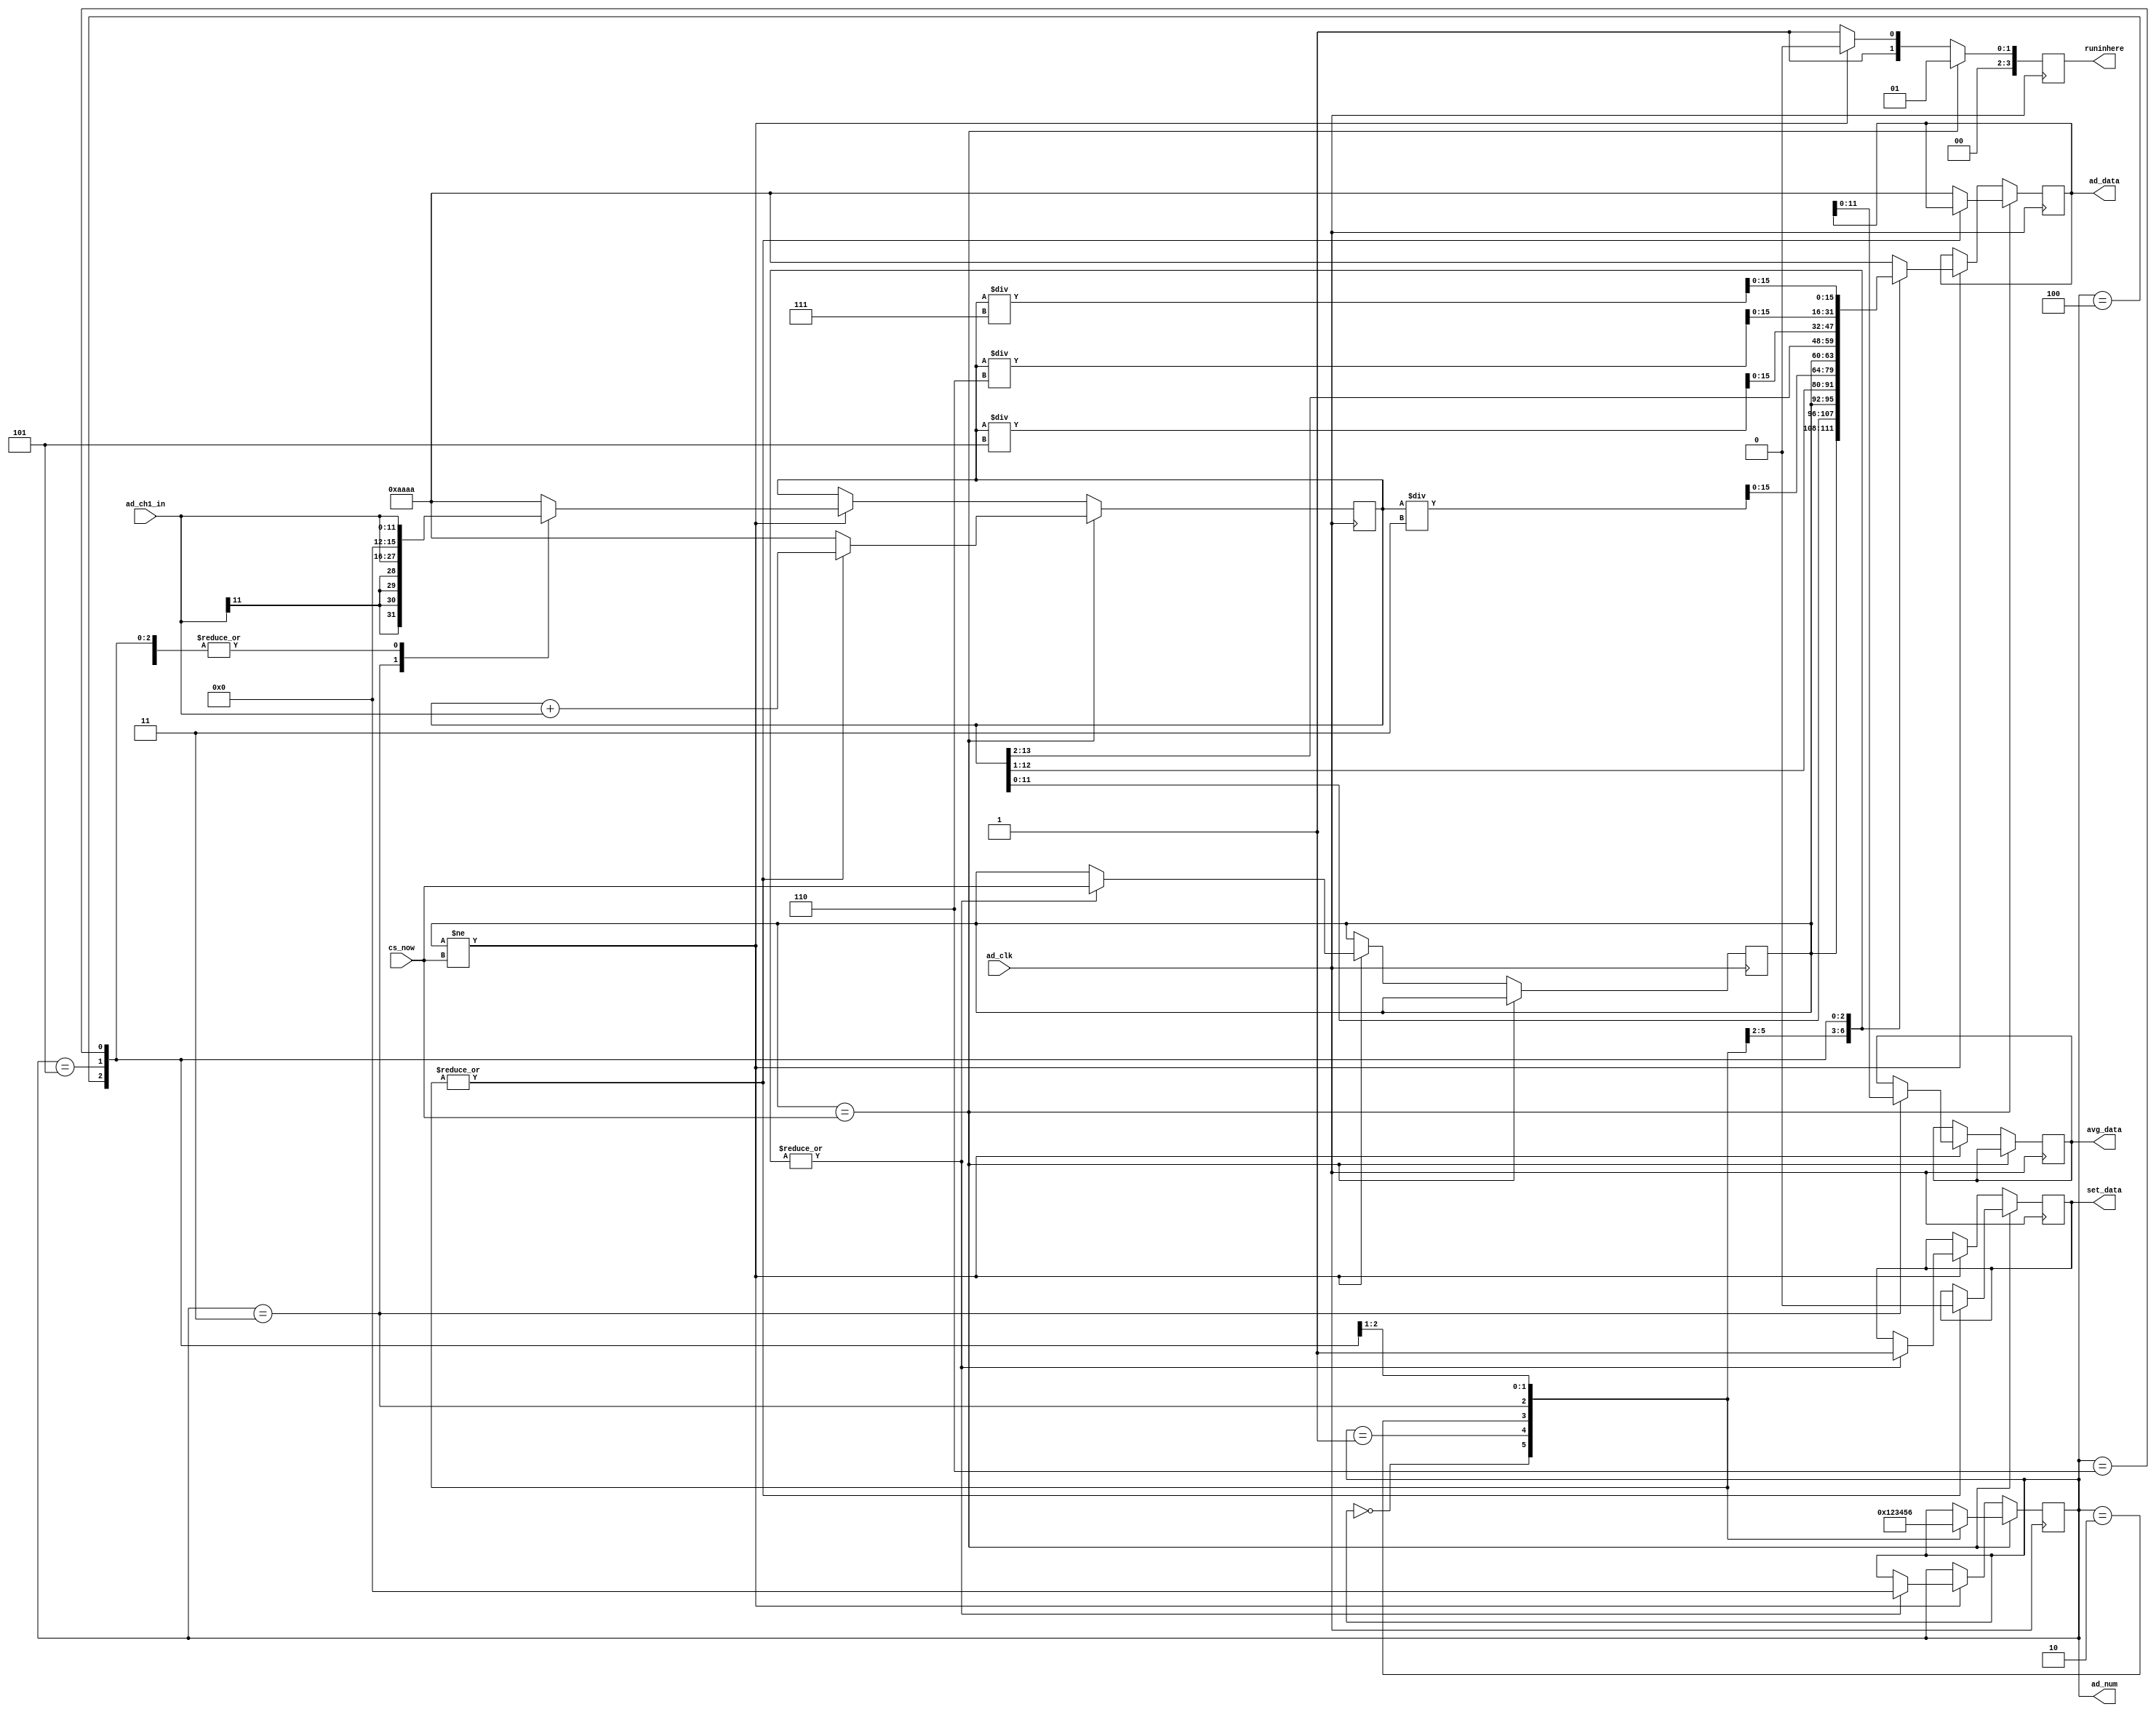
module ad_avg(
          input ad_clk,
			 input signed [11:0] ad_ch1_in,
			 input [3:0] cs_now,
 			 
			 output reg set_data,
			 
			 output reg [15:0] ad_data,
			 output reg [3:0] runinhere,//debug
			 output reg [3:0] ad_num,//单周期内ad采样次数
			 output reg [11:0] avg_data
    );
	 
	 //reg [11:0] ad_ch1;
	 reg signed[15:0] sum;
	 reg [3:0] cs_bef;
	 
	initial
		begin
			sum <= 0;
			cs_bef <= 4'd2;
			set_data <= 0;
			ad_num <= 4'b0;
		end
	 
	always@(posedge ad_clk)	//处理ch2时在同一块内重写
	begin
	/* 数据位是反的  这里为了一步到位 我直接改引脚定义了
		ad_ch1[11] <= ad_ch1_in[0];  
		ad_ch1[10] <= ad_ch1_in[1];  
		ad_ch1[9] <= ad_ch1_in[2];  
		ad_ch1[8] <= ad_ch1_in[3];  
		ad_ch1[7] <= ad_ch1_in[4];  
		ad_ch1[6] <= ad_ch1_in[5];  
		ad_ch1[5] <= ad_ch1_in[6];  
		ad_ch1[4] <= ad_ch1_in[7];  
		ad_ch1[3] <= ad_ch1_in[8];  
		ad_ch1[2] <= ad_ch1_in[9]; 
		ad_ch1[1] <= ad_ch1_in[10];
		ad_ch1[0] <= ad_ch1_in[11];
		*/
		runinhere = 4'd3;
		if(cs_bef == cs_now)
			begin
			runinhere = 4'd1;
			case(ad_num) //有多少case取决于 CLK_AD/CLK_CS 这里最多选5个case 多了也轮不到 采样率上去直接加
					4'd0:	
						begin
							sum <= $signed(sum) + $signed(ad_ch1_in); //完成片选之后的第二个数据
							ad_num <= 4'd1;
							set_data <= 1'b0;
						end
					4'd1:	
						begin
							sum <= $signed(sum) + $signed(ad_ch1_in);
							ad_num <= 4'd2;
							set_data <= 1'b0;
						end
					4'd2:
						begin
							sum <= $signed(sum) + $signed(ad_ch1_in);
							ad_num <= 4'd3;
							set_data <= 1'b0;
						end
					4'd3:
						begin
							sum <= $signed(sum) + $signed(ad_ch1_in);
							ad_num <= 4'd4;
							set_data <= 1'b0;
						end
					4'd4:
						begin
							sum <= $signed(sum) + $signed(ad_ch1_in);
							ad_num <= 4'd5;
							set_data <= 1'b0;
						end
					4'd5:
						begin
							sum <= $signed(sum) + $signed(ad_ch1_in);
							ad_num <= 4'd6;
							set_data <= 1'b0;
						end
					default:
						begin
							sum <=16'b1010101010101010;
							ad_data <= 16'b1010101010101010;
						end
				endcase
			end	//end if
		else if(cs_bef != cs_now)
			begin
				runinhere = 4'd2;
				case(ad_num) //看切换后的第一个周期 到底计了多少次
					4'd0:
						begin
							sum <= {4'b0,ad_ch1_in[11:0]}; //完成片选之后的第一个时钟沿数据
							//sum <= 16'b0; //选择丢弃第一个数据 这里我AD时钟做了延时 不知道会不会撞到
							ad_data <= {cs_bef[3:0],sum[11:0]};
							ad_num <= 4'd0;
							cs_bef <= cs_now;
							set_data <= 1'b1;
						end
					4'd1:	
						begin
							sum <= {4'b0,ad_ch1_in[11:0]}; 
							//sum <= 16'b0; //选择丢弃第一个数据 这里我AD时钟做了延时 不知道会不会撞到
							ad_data <= {cs_bef[3:0],sum[12:1]};
							ad_num <= 4'd0;
							cs_bef <= cs_now;
							set_data <= 1'b1;
						end
					4'd2:
						begin
							sum <= {4'b0,ad_ch1_in[11:0]};
							//sum <= 16'b0; //选择丢弃第一个数据 这里我AD时钟做了延时 不知道会不会撞到
							ad_data <= {cs_bef[3:0],sum[15:0]/3}; // = sum/2
							ad_num <= 4'd0;
							cs_bef <= cs_now;
							set_data <= 1'b1;
						end
					4'd3:
						begin
							sum <= $signed(ad_ch1_in); //完成片选之后的第一个时钟沿数据 此时 ad_num <= 4'd0
							//sum <= 16'b0; 
							ad_data <= {cs_bef[3:0],sum[13:2]}; 	//= sum/4
							avg_data <= ad_data[11:0];
							ad_num <= 4'd0;
							cs_bef <= cs_now;
							set_data <= 1'b1;
						end
					4'd4:
						begin
							sum <= {4'b0,ad_ch1_in[11:0]};
							//sum <= 16'b0; 
							ad_data <= {cs_bef[3:0],sum[15:0]/5}; 
							ad_num <= 4'd0;
							cs_bef <= cs_now;
							set_data <= 1'b1;
						end
					4'd5:
						begin
							sum <= {4'b0,ad_ch1_in[11:0]};
							//sum <= 16'b0; //选择丢弃第一个数据 这里我AD时钟做了延时 不知道会不会撞到
							ad_data <= {cs_bef[3:0],sum[15:0]/6};
							ad_num <= 4'd0;
							cs_bef <= cs_now;
							set_data <= 1'b1;
						end
					4'd6:
						begin
							sum <= {4'b0,ad_ch1_in[11:0]};
							//sum <= 16'b0; //选择丢弃第一个数据 这里我AD时钟做了延时 不知道会不会撞到
							ad_data <= {cs_bef[3:0],sum[15:0]/7};
							ad_num <= 4'd0;
							cs_bef <= cs_now;
							set_data <= 1'b1;
						end
					default: 
						begin
							sum <=16'b1010101010101010;
							ad_data <= 16'b1010101010101010;
						end
				endcase
			end	//end else
	end 	//end always

endmodule